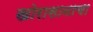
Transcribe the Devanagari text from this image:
खोरासानाचा